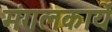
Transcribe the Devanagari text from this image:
मंगलकार्ये